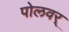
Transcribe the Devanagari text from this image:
पोलवर्